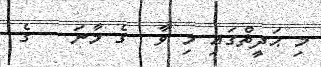
މި ޙަދީޘްގައި މި ވާ  ގެ މާނަ   ގެ